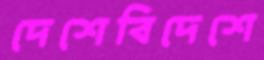
দেশেবিদেশে